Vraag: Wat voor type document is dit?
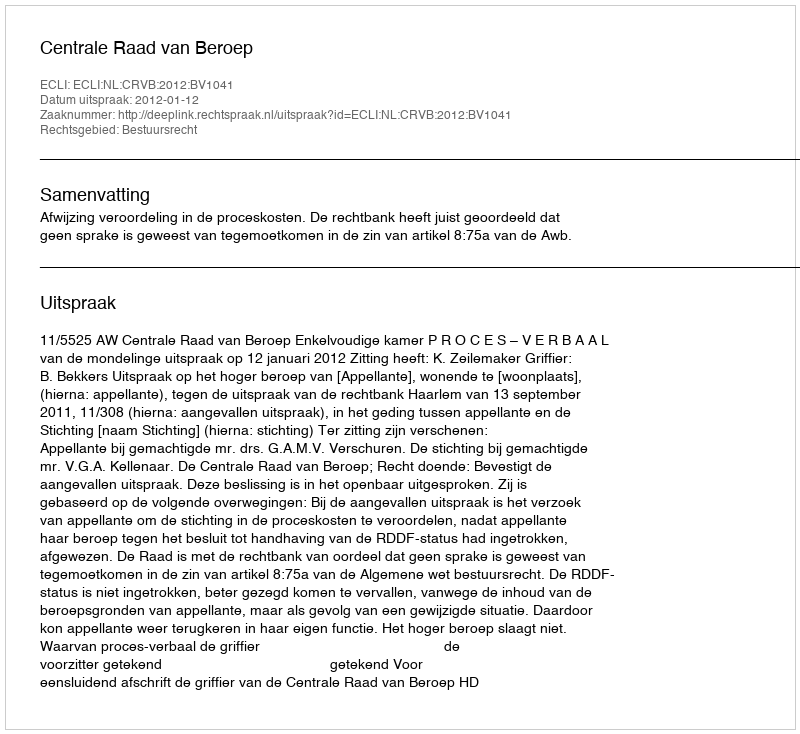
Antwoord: Uitspraak